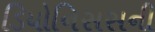
ડિયોનિસસની